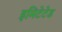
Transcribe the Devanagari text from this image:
इमिटेटेड